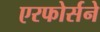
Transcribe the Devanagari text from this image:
एरफोर्सने